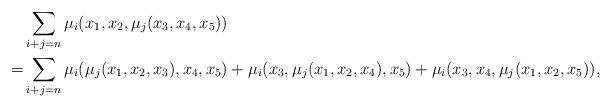
LaTeX: \begin{align*}&\sum_{i+j=n}\mu_i(x_1,x_2, \mu_j(x_3,x_4, x_5))\\= &\sum_{i+j=n}\mu_i(\mu_j(x_1,x_2, x_3),x_4, x_5)+\mu_i(x_3,\mu_j(x_1, x_2, x_4), x_5)+\mu_i(x_3,x_4, \mu_j(x_1,x_2, x_5)),\end{align*}